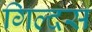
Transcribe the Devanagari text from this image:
गिल्दस